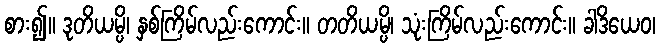
စား၍။ ဒုတိယမ္ပိ၊ နှစ်ကြိမ်လည်းကောင်း။ တတိယမ္ပိ၊ သုံးကြိမ်လည်းကောင်း။ ခါဒိယေဝ၊